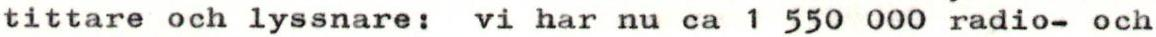
tittare och lyssnare: vi har nu ca 1 550 000 radio- och